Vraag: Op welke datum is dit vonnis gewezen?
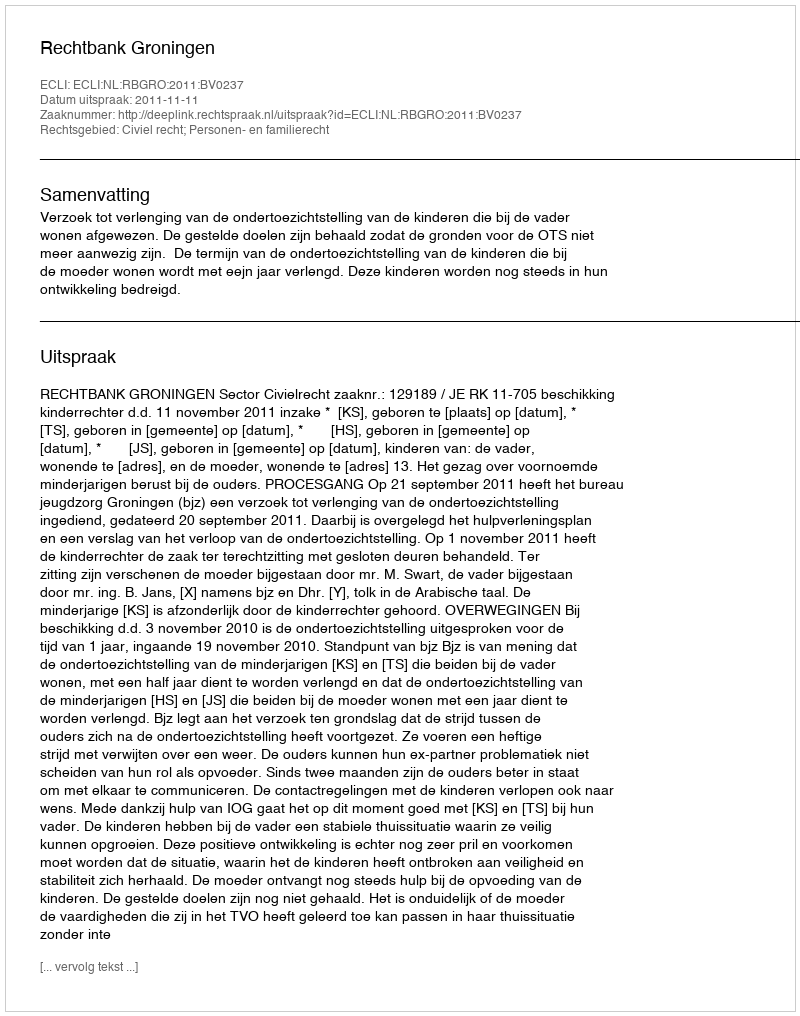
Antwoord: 2011-11-11